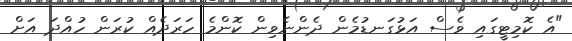
"އެ ކޮމިޓީގައި ވެސް އަޅުގަނޑުމެން ދެންނެވިން ކޮންމެ ހަރަދެއް ކުރަން ހުއްދަ އަށް